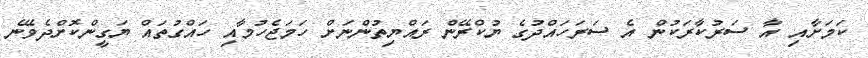
ކަމަށާއި އާ ސަރުކާރަކުން އެ ސަރަހައްދުގެ ޔުކްރޭން ރައްޔިތުންނަށް ހަމަޖެހުމާއި ހައްގުތައް ޔަގީންކޮށްދެވޭނެ